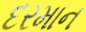
દરમાન